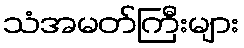
သံအမတ်ကြီးများ